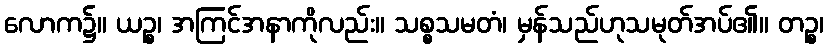
လောက၌။ ယဉ္စ၊ အကြင်အနာကိုလည်း။ သစ္စသမတံ၊ မှန်သည်ဟုသမုတ်အပ်၏။ တဉ္စ၊